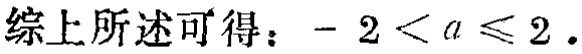
综上所述可得：\(-2 < a \leq 2\).